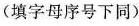
(填字母序号下同)